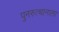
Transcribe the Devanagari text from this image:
पुनरुत्थानाला